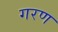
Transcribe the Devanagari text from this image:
गरण